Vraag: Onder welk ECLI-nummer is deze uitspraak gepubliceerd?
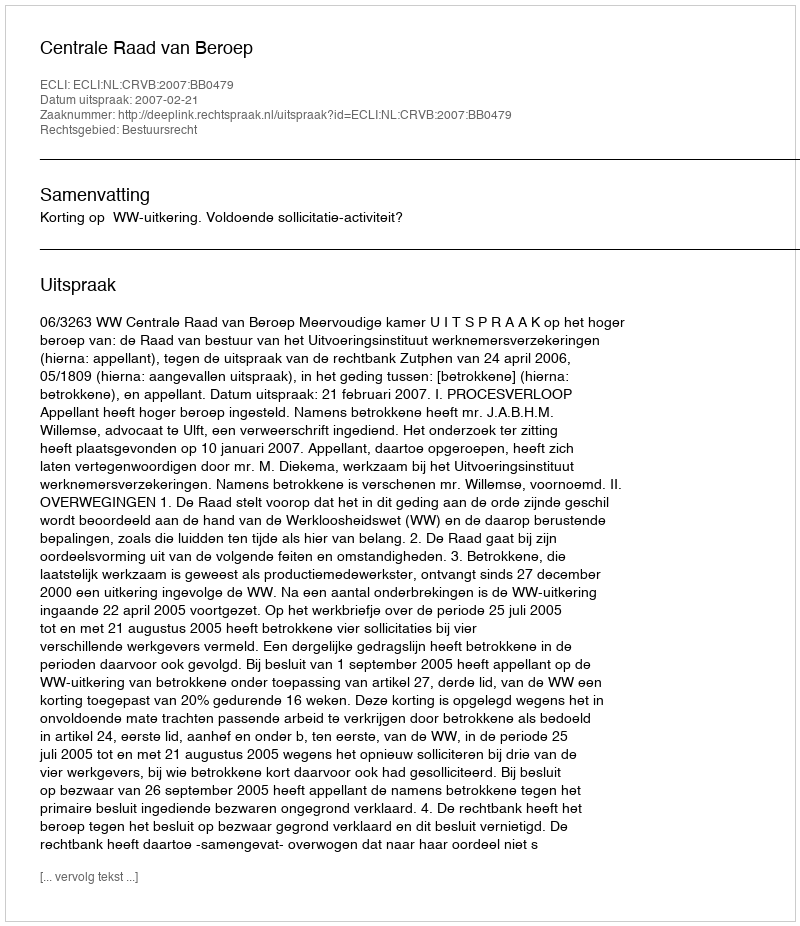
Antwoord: ECLI:NL:CRVB:2007:BB0479